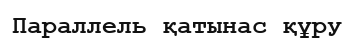
Параллель қатынас құру